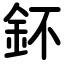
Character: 鈈